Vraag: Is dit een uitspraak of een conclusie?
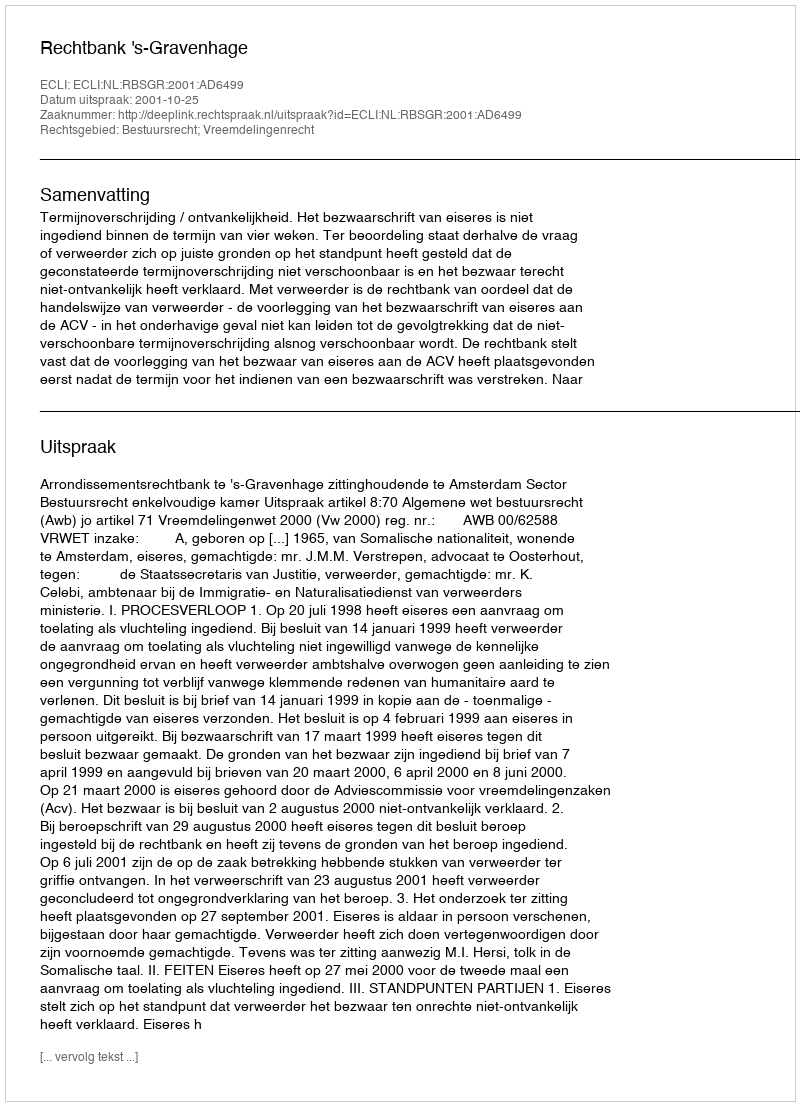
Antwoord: Uitspraak